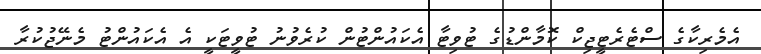
އެމެރިކާގެ ސްޓެރެޓީޖިކް ކޮމާންޑުގެ ޓުވިޓާ އެކައުންޓުން ކުރެވުނު ޓުވީޓަކީ އެ އެކައުންޓު މެނޭޖުކުރާ